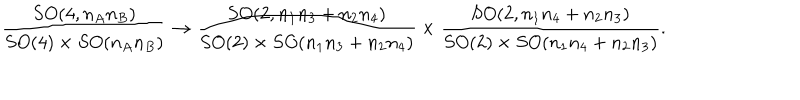
LaTeX: \frac { S O ( 4 , n _ { A } n _ { B } ) } { S O ( 4 ) \times S O ( n _ { A } n _ { B } ) } \to \frac { S O ( 2 , n _ { 1 } n _ { 3 } + n _ { 2 } n _ { 4 } ) } { S O ( 2 ) \times S O ( n _ { 1 } n _ { 3 } + n _ { 2 } n _ { 4 } ) } \times \frac { S O ( 2 , n _ { 1 } n _ { 4 } + n _ { 2 } n _ { 3 } ) } { S O ( 2 ) \times S O ( n _ { 1 } n _ { 4 } + n _ { 2 } n _ { 3 } ) } .